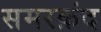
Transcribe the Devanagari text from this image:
समरक़ंद